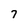
Character: 7